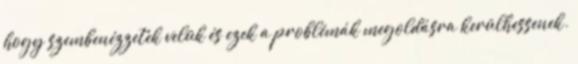
hogy szembenézzetek velük és ezek a problémák megoldásra kerülhessenek.